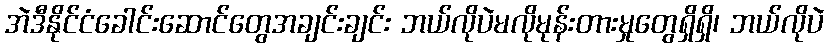
အဲဒီနိုင်ငံခေါင်းဆောင်တွေအချင်းချင်း ဘယ်လိုပဲမလိုမုန်းတားမှုတွေရှိရှိ၊ ဘယ်လိုပဲ